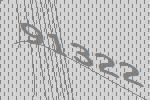
91322